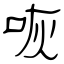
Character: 咴